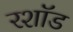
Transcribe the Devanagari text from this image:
रशॉड